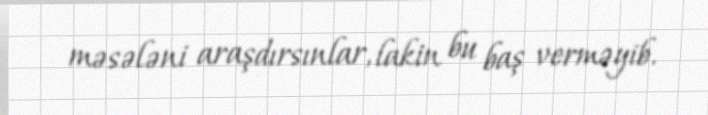
məsələni araşdırsınlar, lakin bu baş verməyib.